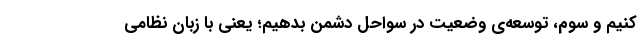
کنیم و سوم، توسعه‌ی وضعیت در سواحل دشمن بدهیم؛ یعنی با زبان نظامی